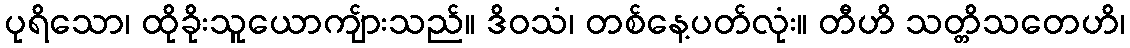
ပုရိသော၊ ထိုခိုးသူယောကျ်ားသည်။ ဒိဝသံ၊ တစ်နေ့ပတ်လုံး။ တီဟိ သတ္တိသတေဟိ၊